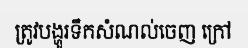
ត្រូវបង្ហូរទឹកសំណល់ចេញ ក្រៅ